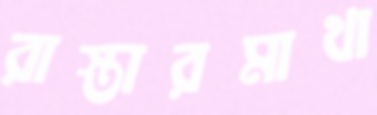
রাস্তারমাথা